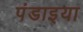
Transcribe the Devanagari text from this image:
पंडाइया